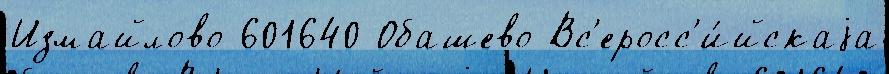
Измайлово 601640 Обашево Вс'еросс'и́йскаjа